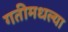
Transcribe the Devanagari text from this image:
गतीमधल्या